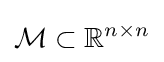
{\mathcal {M}}\subset \mathbb {R} ^{n\times n}